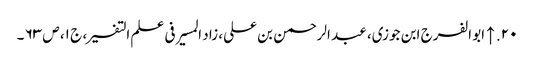
۲۰. ↑ ابو الفرج ابن جوزی، عبد الرحمن بن علی، زاد المسیر فی علم التفسیر، ج ۱، ص ۶۳ ۔